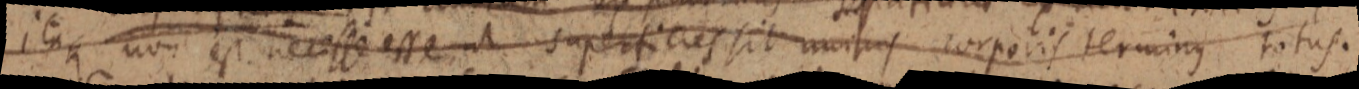
itaque non est necesse esse ut superficies sit _ corporis terminus totus.